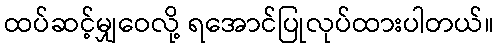
ထပ်ဆင့်မျှဝေလို့ ရအောင်ပြုလုပ်ထားပါတယ်။